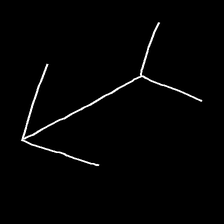
Glyph: gather